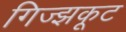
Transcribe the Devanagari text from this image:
गिज्झकूट